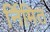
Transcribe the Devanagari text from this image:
र्निमित